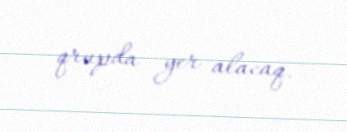
qrupda yer alacaq.